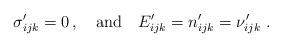
LaTeX: \begin{align*}\sigma'_{ijk} = 0\,, \quad\mbox{and}\quad E'_{ijk}= n'_{ijk} = \nu'_{ijk}\;. \end{align*}